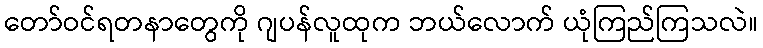
တော်ဝင်ရတနာတွေကို ဂျပန်လူထုက ဘယ်လောက် ယုံကြည်ကြသလဲ။